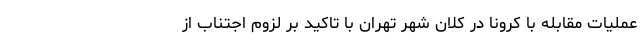
عملیات مقابله با کرونا در کلان شهر تهران با تاکید بر لزوم اجتناب از